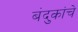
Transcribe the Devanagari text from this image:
बंदुकांचे